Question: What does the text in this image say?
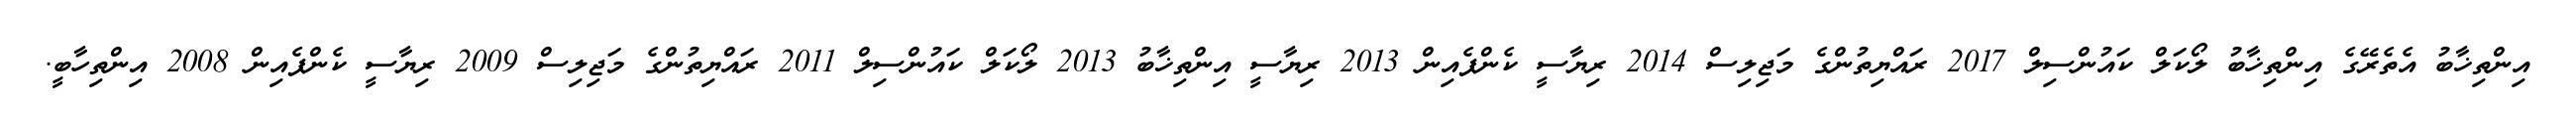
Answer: އިންތިޚާބު އެތެރޭގެ އިންތިޚާބު ލޯކަލް ކައުންސިލް 2017 ރައްޔިތުންގެ މަޖިލިސް 2014 ރިޔާސީ ކެންޕެއިން 2013 ރިޔާސީ އިންތިޚާބު 2013 ލޯކަލް ކައުންސިލް 2011 ރައްޔިތުންގެ މަޖިލިސް 2009 ރިޔާސީ ކެންޕެއިން 2008 އިންތިހާބީ.